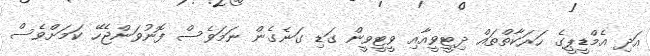
އަދި އެމްޑީޕީގެ ހަރަކާތްތައް ދިޓީވީއާއި ވީޓީވީން ގަޑި ގަނެގެން ނަމަވެސް ފޮނުވަންޖެހޭ ކަމަށްވެސް